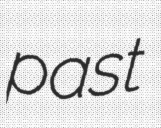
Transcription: past